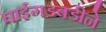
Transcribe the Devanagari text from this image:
घाईगडबडीने